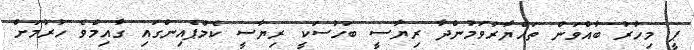
ޕީ މިހާރު ބާއްވަން ތައްޔާރުވަމުންދާ ރިޔާސީ ބަހުސަކީ ރިޔާސީ ކެމްޕެއިންގައި ގާއިމްވެ ހުރުމަށް